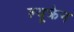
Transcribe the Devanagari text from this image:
ल्यूक्रेन